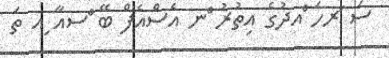
ސަ ަރހަ ްއދުގެ އިތުރު ްނ އެސްއެފް ބޭ ްސއާ ިއ ތަ